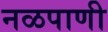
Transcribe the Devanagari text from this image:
नळपाणी